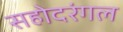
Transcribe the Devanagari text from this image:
सहोदरंगल